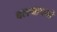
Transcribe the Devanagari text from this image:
बलमापनों